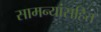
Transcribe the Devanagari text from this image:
सामन्यांसहित